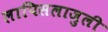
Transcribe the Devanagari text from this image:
लापिसलाजुली